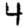
Digit: 4